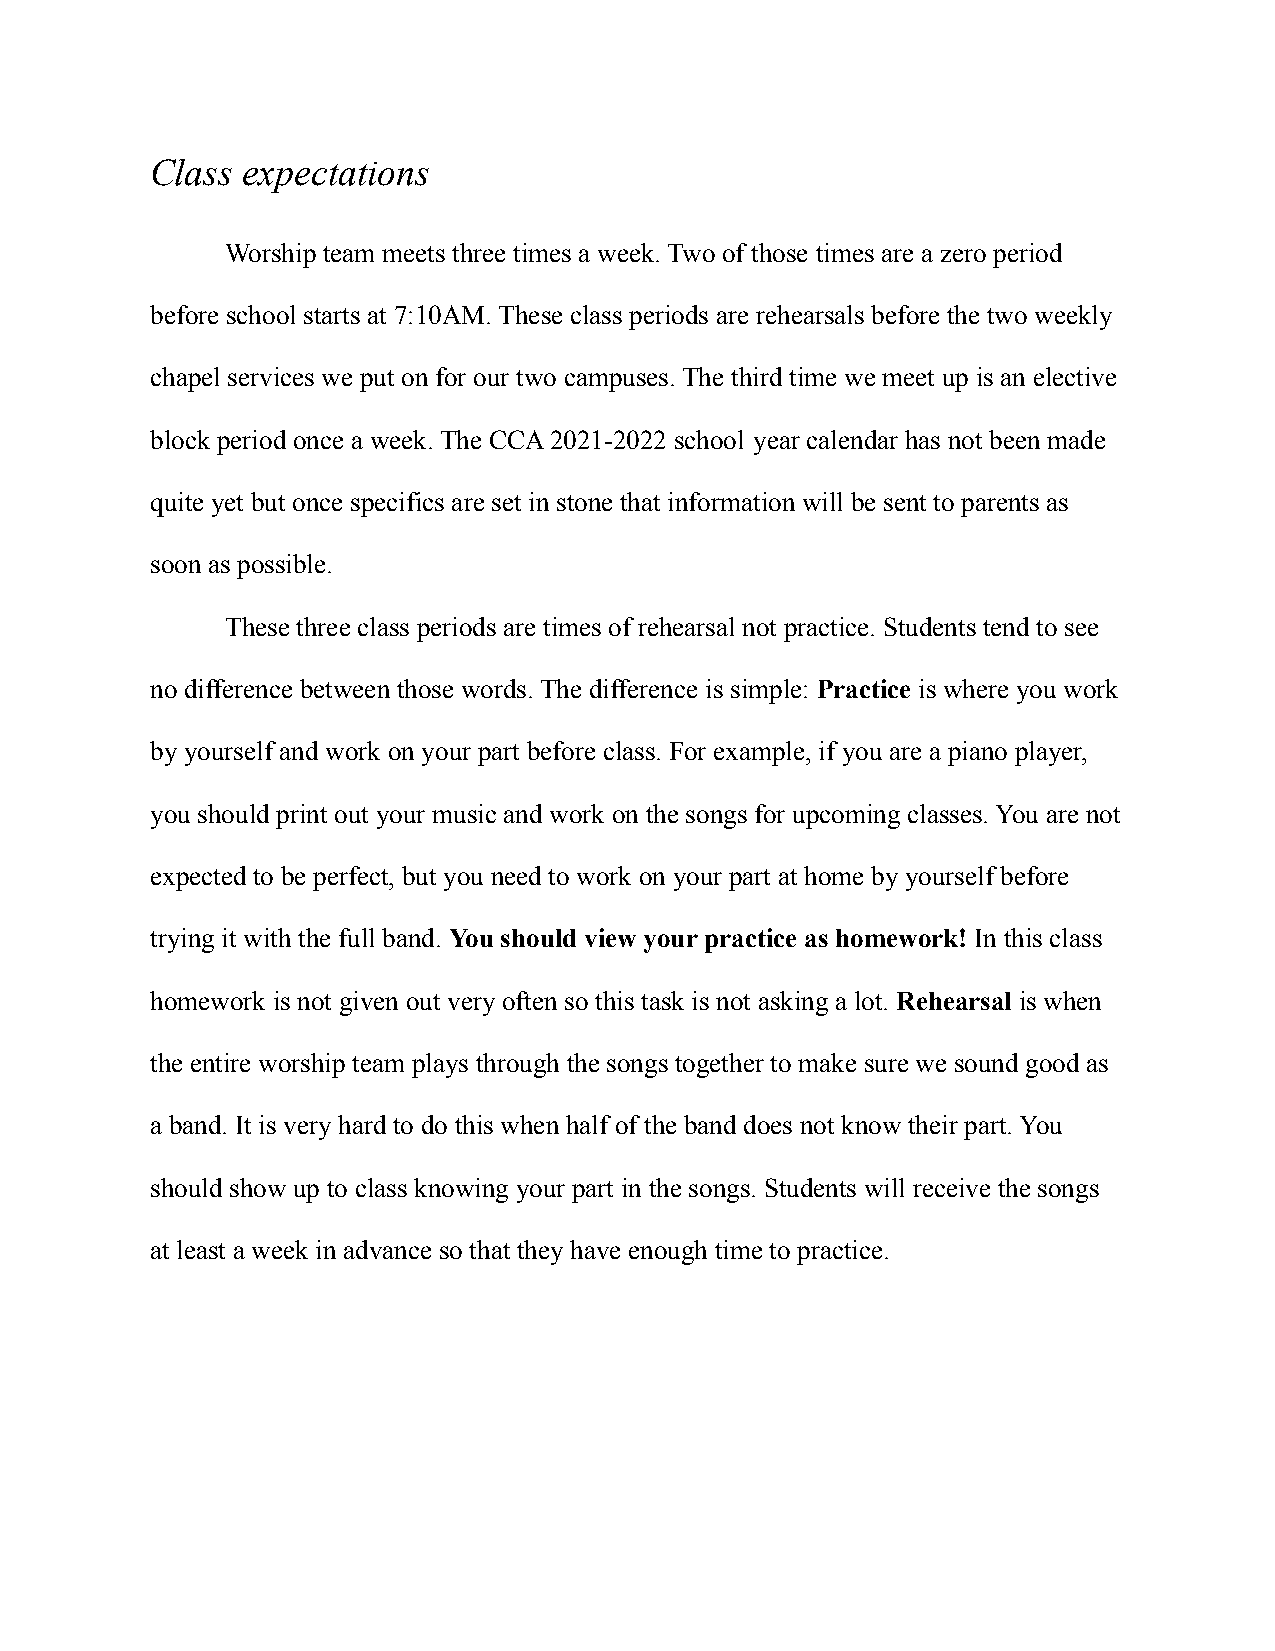
Class expectations
 Worship team meets three times a week. Two of those times are a zero period
 before school starts at 7:10AM. These class periods are rehearsals before the two weekly
 chapel services we put on for our two campuses. The third time we meet up is an elective
 block period once a week. The CCA 2021-2022 school year calendar has not been made
 quite yet but once specifics are set in stone that information will be sent to parents as
 soon as possible.
 These three class periods are times of rehearsal not practice. Students tend to see
 no difference between those words. The difference is simple: Practice is where you work
 by yourself and work on your part before class. For example, if you are a piano player,
 you should print out your music and work on the songs for upcoming classes. You are not
 expected to be perfect, but you need to work on your part at home by yourself before
 trying it with the full band. You should view your practice as homework! In this class
 homework is not given out very often so this task is not asking a lot. Rehearsal is when
 the entire worship team plays through the songs together to make sure we sound good as
 a band. It is very hard to do this when half of the band does not know their part. You
 should show up to class knowing your part in the songs. Students will receive the songs
 at least a week in advance so that they have enough time to practice.